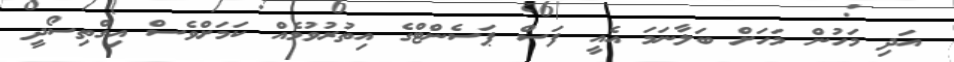
އަދި މަހުން މަހަށް ބަލާނަަމަ އެއީ ފަސް ޕަސެންޓްގެ އިތުރުވުމެއް ކަމަށްވެސް އިގްތިސޯދީ